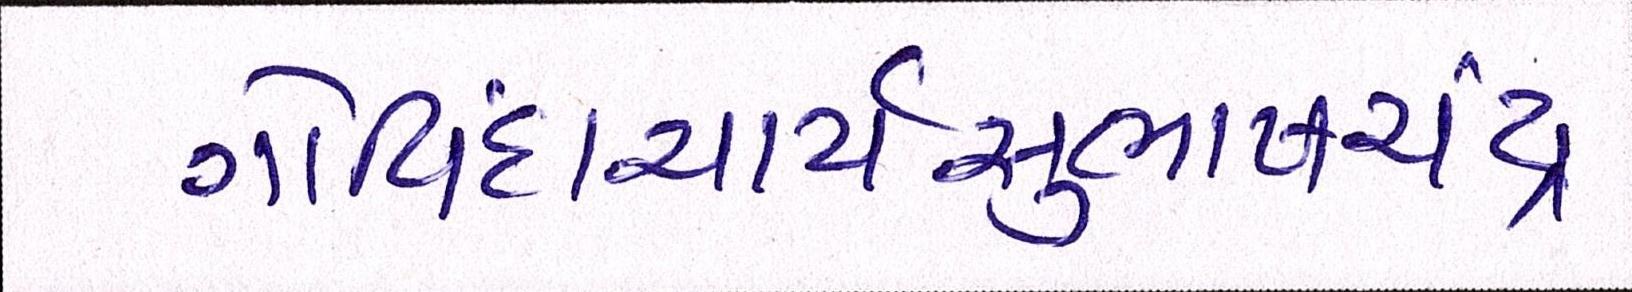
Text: ગોવિંદાચાર્યસુભાષચંદ્ર